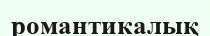
романтикалық